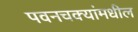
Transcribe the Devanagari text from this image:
पवनचक्यांमधील